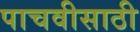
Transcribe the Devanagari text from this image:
पाचवीसाठी